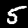
Digit: 5